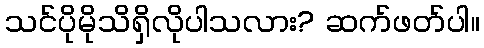
သင်ပိုမိုသိရှိလိုပါသလား? ဆက်ဖတ်ပါ။